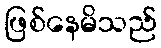
ဖြစ်နေမိသည်